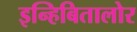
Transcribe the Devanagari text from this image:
इन्हिबितालोर